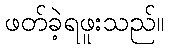
ဖတ်ခဲ့ရဖူးသည်။